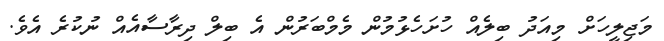
މަޖިލީހަށް މިއަދު ބިލެއް ހުށަހެޅުމުން މެމްބަރުން އެ ބިލް ދިރާސާއެއް ނުކުރެ އެވެ.